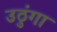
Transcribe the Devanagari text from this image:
उठुंगा